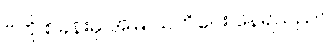
ဗဟို စခန်းမှ အမြဲ သတိပေး နေရသည်။